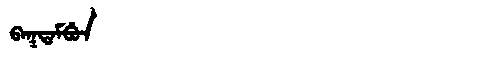
Manchu: ᠪᠠᡴᡨᠠᠮᠪᡠᠨ
Romanization: BAKTAMBUN